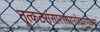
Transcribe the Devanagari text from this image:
तूत्कटसंसारसागरोत्तारणक्षमः